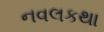
નવલકથા